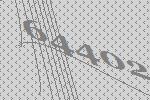
64402